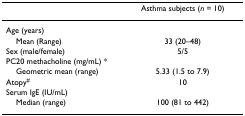
<table><thead><tr><td></td><td><b>Asthma subjects (<i>n </i>= 10)</b></td></tr></thead><tbody><tr><td>Age (years)</td><td></td></tr><tr><td> Mean (Range)</td><td>33 (20–48)</td></tr><tr><td>Sex (male/female)</td><td>5/5</td></tr><tr><td>PC20 methacholine (mg/mL) *</td><td></td></tr><tr><td> Geometric mean (range)</td><td>5.33 (1.5 to 7.9)</td></tr><tr><td>Atopy<sup>#</sup></td><td>10</td></tr><tr><td>Serum IgE (IU/mL)</td><td></td></tr><tr><td> Median (range)</td><td>100 (81 to 442)</td></tr></tbody></table>